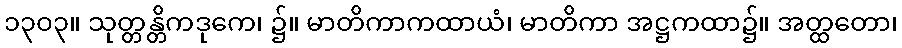
၁၃၀၃။ သုတ္တန္တိကဒုကေ၊ ၌။ မာတိကာကထာယံ၊ မာတိကာ အဋ္ဌကထာ၌။ အတ္ထတော၊